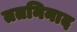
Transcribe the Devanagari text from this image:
ततनिनाद